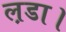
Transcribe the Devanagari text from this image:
ल़डा।